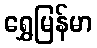
ရွှေမြန်မာ